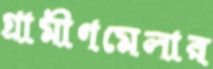
গ্রামীণমেলার